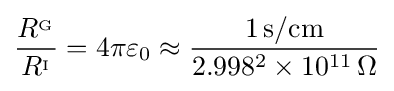
{\frac {R^{_{\mathrm {G} }}}{R^{_{\mathrm {I} }}}}=4\pi \varepsilon _{0}\approx {\frac {1\,\mathrm {s/cm} }{2.998^{2}\times 10^{11}\,\Omega }}